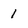
Character: 1